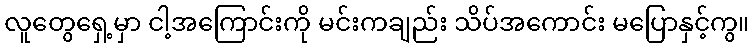
လူတွေရှေ့မှာ ငါ့အကြောင်းကို မင်းကချည်း သိပ်အကောင်း မပြောနှင့်ကွ။